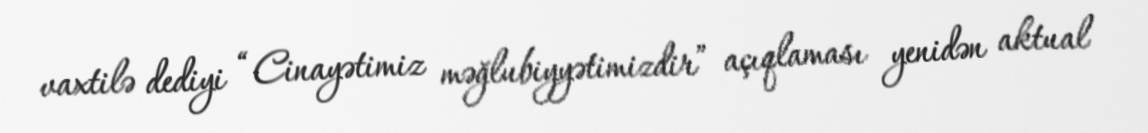
vaxtilə dediyi “Cinayətimiz məğlubiyyətimizdir” açıqlaması yenidən aktual